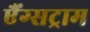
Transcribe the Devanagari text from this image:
एैंग्सट्राम